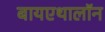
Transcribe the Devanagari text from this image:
बायएथालॉन